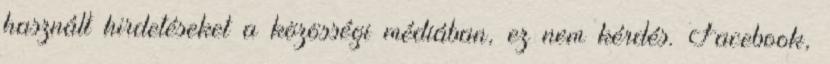
használt hirdetéseket a közösségi médiában, ez nem kérdés. Facebook,